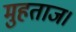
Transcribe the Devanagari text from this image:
मुहताज।